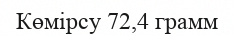
Көмірсу 72,4 грамм